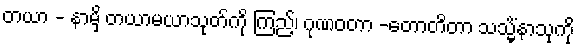
တယာ - နာမှိ တယာမယာသုတ်ကို ကြည့်၊ ဂုဏဝတာ -တောတိတာ သသ္မိံနာသုကို